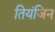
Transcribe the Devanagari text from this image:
तियंजिन